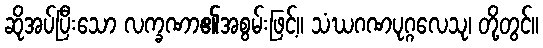
ဆိုအပ်ပြီးသော လက္ခဏာ၏အစွမ်းဖြင့်။ သံဃဂဏပုဂ္ဂလေသု၊ တို့တွင်။